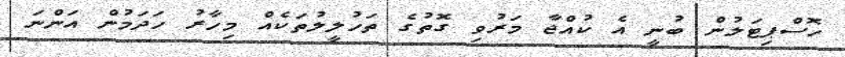
ހޮސްޕިޓަލުން ބުނީ އެ ކުއްޖާ މަރުވި ގޮތުގެ ތަހުލީލުތަކެއް މިހާރު ހަދަމުން އަންނަ